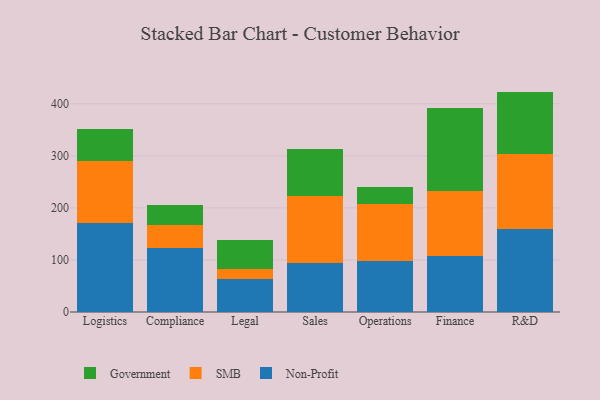
{"axis": {"x": "Department", "y": "Budget (USD K)"}, "legend": ["Government", "Non-Profit", "SMB"], "data": [{"x": "Logistics", "y": 170.9, "type": "Non-Profit"}, {"x": "Logistics", "y": 119.4, "type": "SMB"}, {"x": "Logistics", "y": 60.6, "type": "Government"}, {"x": "Compliance", "y": 122.2, "type": "Non-Profit"}, {"x": "Compliance", "y": 45.7, "type": "SMB"}, {"x": "Compliance", "y": 37.0, "type": "Government"}, {"x": "Legal", "y": 64.0, "type": "Non-Profit"}, {"x": "Legal", "y": 17.8, "type": "SMB"}, {"x": "Legal", "y": 56.5, "type": "Government"}, {"x": "Sales", "y": 93.4, "type": "Non-Profit"}, {"x": "Sales", "y": 129.3, "type": "SMB"}, {"x": "Sales", "y": 89.7, "type": "Government"}, {"x": "Operations", "y": 98.8, "type": "Non-Profit"}, {"x": "Operations", "y": 109.5, "type": "SMB"}, {"x": "Operations", "y": 32.3, "type": "Government"}, {"x": "Finance", "y": 107.4, "type": "Non-Profit"}, {"x": "Finance", "y": 125.6, "type": "SMB"}, {"x": "Finance", "y": 159.4, "type": "Government"}, {"x": "R&D", "y": 160.1, "type": "Non-Profit"}, {"x": "R&D", "y": 144.3, "type": "SMB"}, {"x": "R&D", "y": 119.0, "type": "Government"}]}